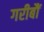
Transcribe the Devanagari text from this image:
गरीबौं